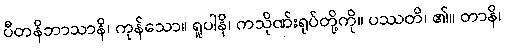
ပီတနိဘာသာနိ၊ ကုန်သော။ ရူပါနိ၊ ကသိုဏ်းရုပ်တို့ကို။ ပဿတိ၊ ၏။ တာနိ၊